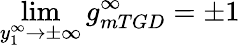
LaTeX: \operatorname*{lim}_{y_{1}^{\infty}\to\pm\infty}g_{mTGD}^{\infty}=\pm 1